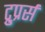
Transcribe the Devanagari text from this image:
ट्रुप्रर्स